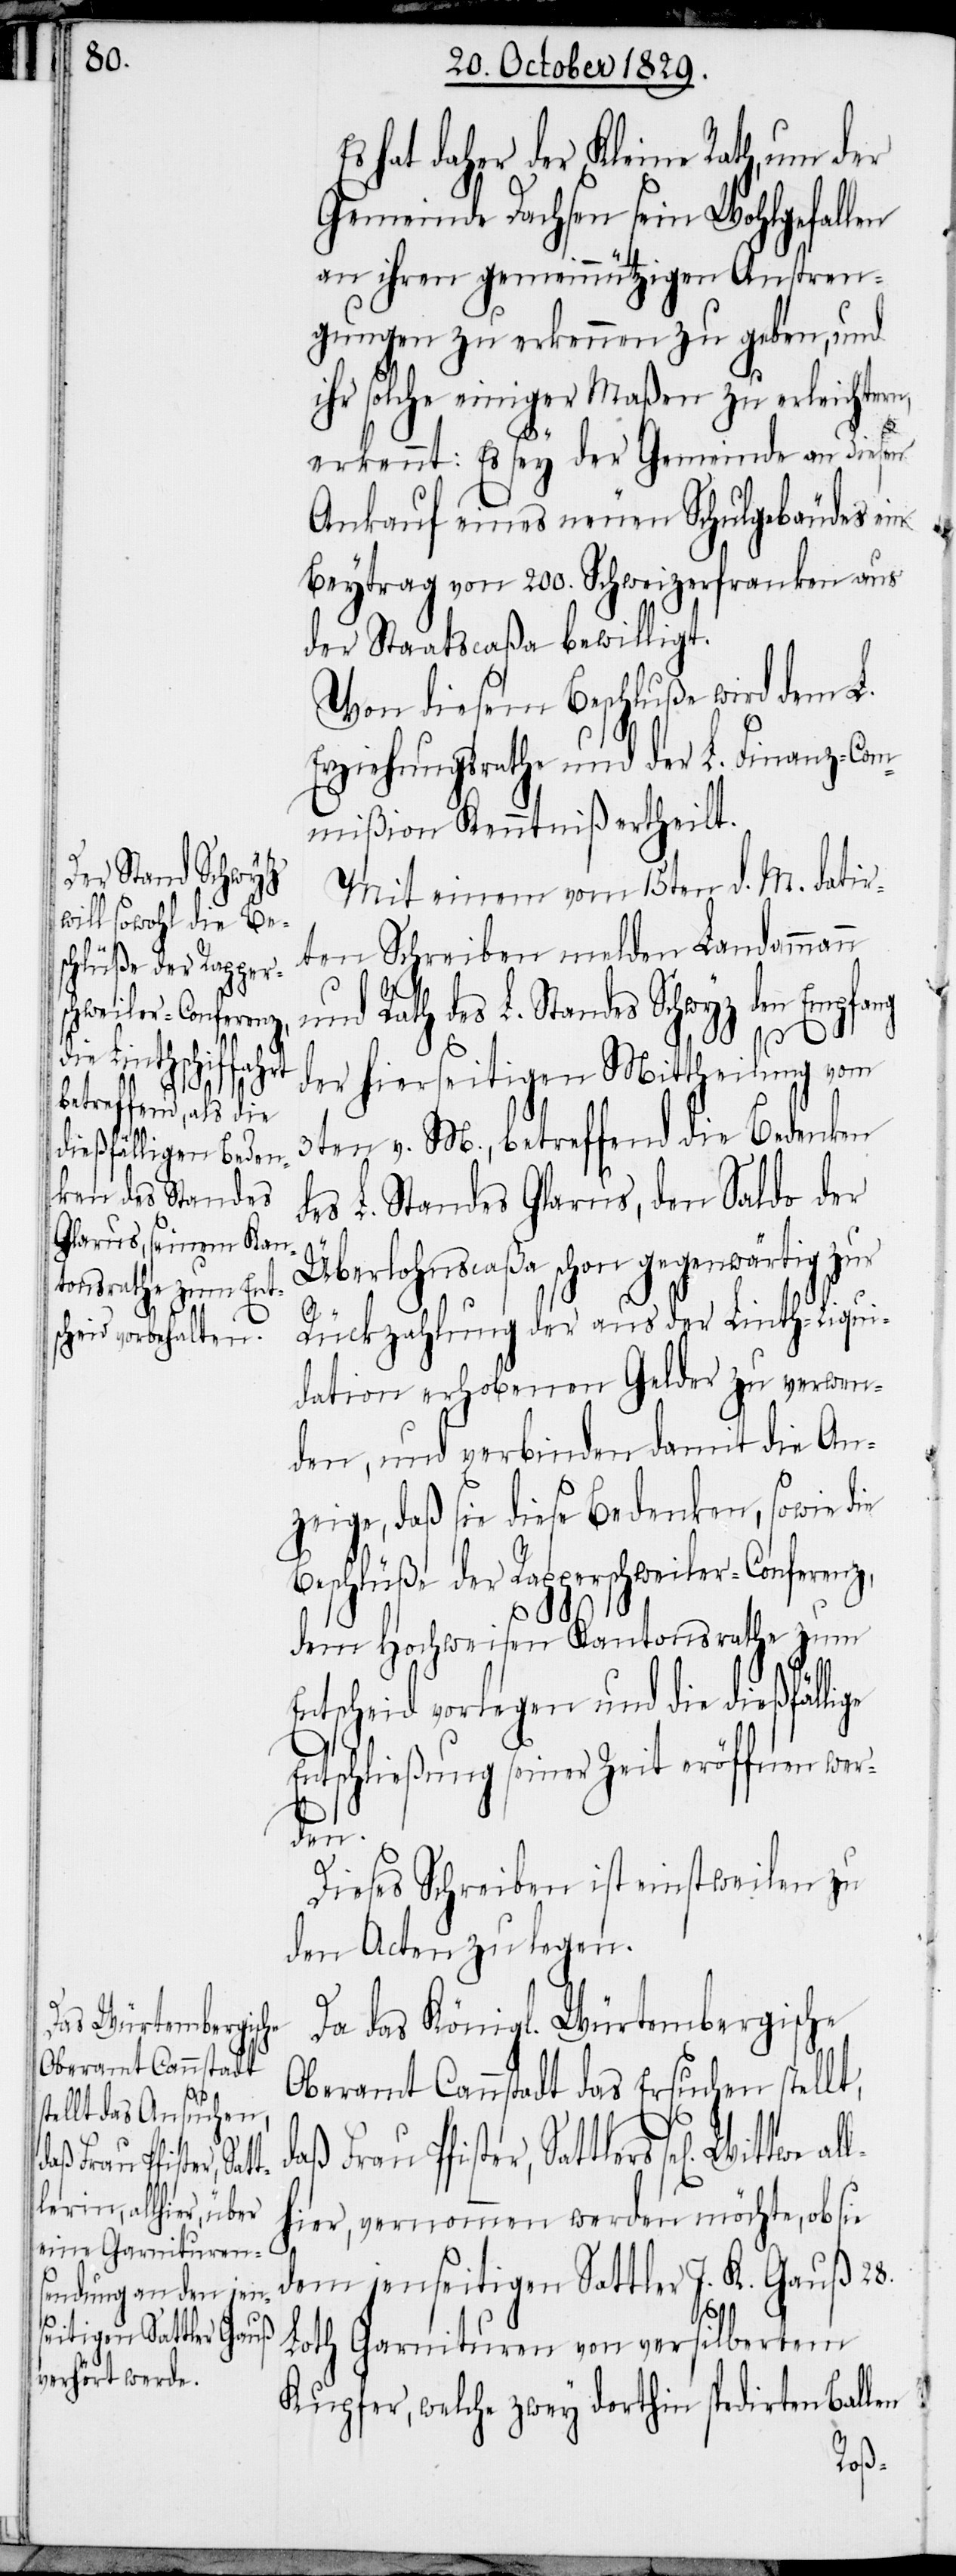
schlüße der Rapper¬
schweiler-Conferenz,

hat daher der Kleine Rath, um der
Gemeinde Dachsen sein Wohlgefallen
an ihren gemeinnützigen Anstren¬
gungen zu erkennen zu geben, und
ihr solche einiger Maßen zu erleichter¬
n,
erkennt: Es sey der Gemeinde an diesen
Ankauf eines neuen Schulgebäudes ein
Beytrag von 200. Schweizerfranken aus
der Staatscaßa bewilligt.
Von diesem Beschluße wird dem L.
Erziehungsrath und der L. Finanz-Com¬
mißion Kenntniß ertheilt.
Mit einem vom 15ten d. M. datir¬
ten Schreiben melden Landammann
und Rath des L. Standes Schwyz den Empfang
der hierseitigen Mittheilung vom
3ten v. M., betreffend die Bedenken
des L. Standes Glarus, den Saldo der
Überlohnscaßa schon gegenwärtig zur
Rückzahlung der aus der Linth-Liqui¬
dation erhobenen Gelder zu verwen¬
den, und verbinden damit die An¬
zeige, daß sie diese Bedenken, sowie die
dem Hochweisen Kantonsrathe zum
Entscheid vorlegen und die dießfälli¬
Entschließung seiner Zeit eröffnen wer¬
den.
Dieses Schreiben ist einstweilen zu
den Acten zu legen.
Da das Königl. Würtembergische
Oberamt Cannstadt das Ersuchen stelt,
tlers sel[igen] Wittwe al¬
lhier, vernommen werden möchte, ob sie
dem jenseitigen Sattler J. K. Gauß 28.
Loth Garnituren von versilbertem
Kupfer, welche zwey dorthin spedirten Ballen